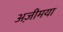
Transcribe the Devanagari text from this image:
अज़ीमया